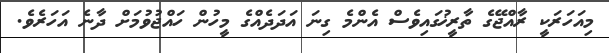
މިއަހަރަކީ ރާއްޖޭގެ ތާރީޚުގައިވެސް އެންމެ ގިނަ އަދަދެއްގެ މީހުން ހައްޖުވުމަށް ދާނެ އަހަރެވެ.